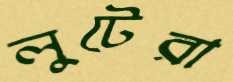
লুটেরা